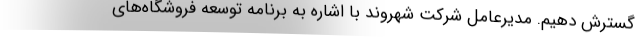
گسترش دهیم. مدیرعامل شرکت شهروند با اشاره به برنامه توسعه فروشگاه‌های